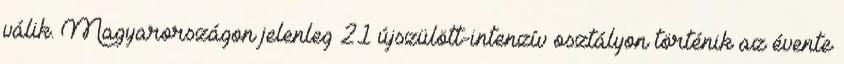
válik. Magyarországon jelenleg 21 újszülött-intenzív osztályon történik az évente